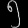
Digit: ၅